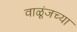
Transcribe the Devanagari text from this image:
वाळूंजच्या